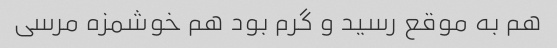
هم به موقع رسید و گرم بود هم خوشمزه مرسی